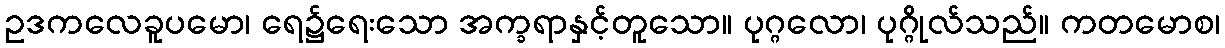
ဥဒကလေခူပမော၊ ရေ၌ရေးသော အက္ခရာနှင့်တူသော။ ပုဂ္ဂလော၊ ပုဂ္ဂိုလ်သည်။ ကတမောစ၊